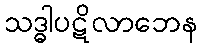
သဒ္ဓါပဋိလာဘေန